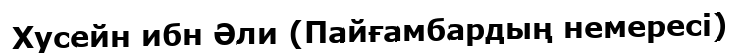
Хусейн ибн Әли (Пайғамбардың немересі)